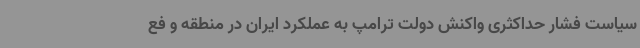
سیاست فشار حداکثری واکنش دولت ترامپ به عملکرد ایران در منطقه و فع